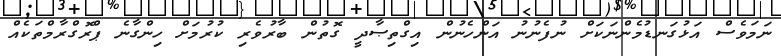
ނަމަވެސް އަޅުގަނޑުމެންނަކަށް ނުފެނުނު އަންހެނުން އިގްތިޞާދީ ގޮތުން ބާރުވެރި ކުރުމަށް ހިންގާނެ ޕްރޮގްރާމްތަކެއް